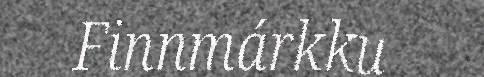
Finnmárkku